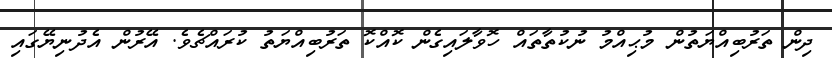
ދިން ތަރުބިއްޔަތުން މުޙިއްމު ނުކުތާތައް ހޮވާލައިގެން ކޮއްކޮ ތަރުބިއްޔަތު ކުރައްޗެވެ. އޭރުން އެދުނިޔޭގައި